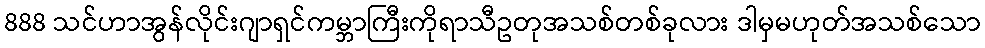
888 သင်ဟာအွန်လိုင်းဂျာရှင်ကမ္ဘာကြီးကိုရာသီဥတုအသစ်တစ်ခုလား ဒါမှမဟုတ်အသစ်သော